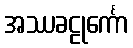
အဿခဠုင်္ကော